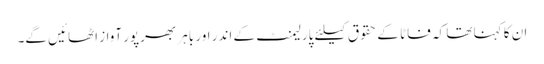
ان کا کہنا تھا کہ فاٹا کے حقوق کیلئے پارلیمنٹ کے اندر اور باہر بھرپور آواز اٹھائیں گے۔